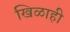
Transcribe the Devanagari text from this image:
खिळाही